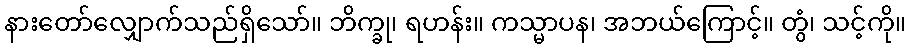
နားတော်လျှောက်သည်ရှိသော်။ ဘိက္ခု၊ ရဟန်း။ ကသ္မာပန၊ အဘယ်ကြောင့်။ တွံ၊ သင့်ကို။